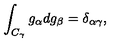
\int _ { C _ { \gamma } } g _ { \alpha } d g _ { \beta } = \delta _ { \alpha \gamma } ,